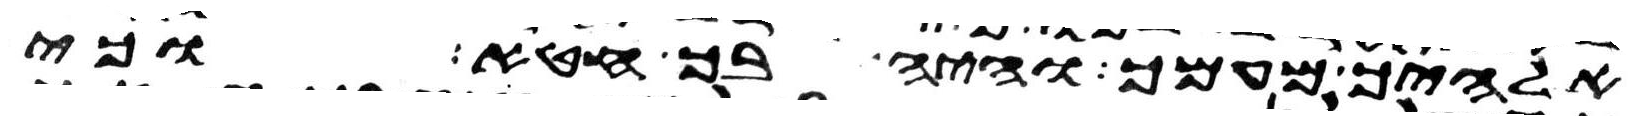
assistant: אלהיך מעמך והיה בך חטא וכי